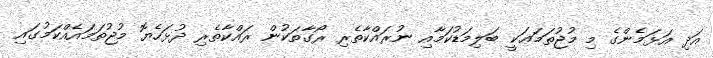
އަދި އަޅަމެންގެ މި މުޖުތަމަޢަކީ ބަލިމަޑުކަމާއި ނުރައްކާތެރި ރޯގާތަކުން ރައްކާތެރި ދުޅަހެޔޮ މުޖުތަމައެއްކަމުގައި